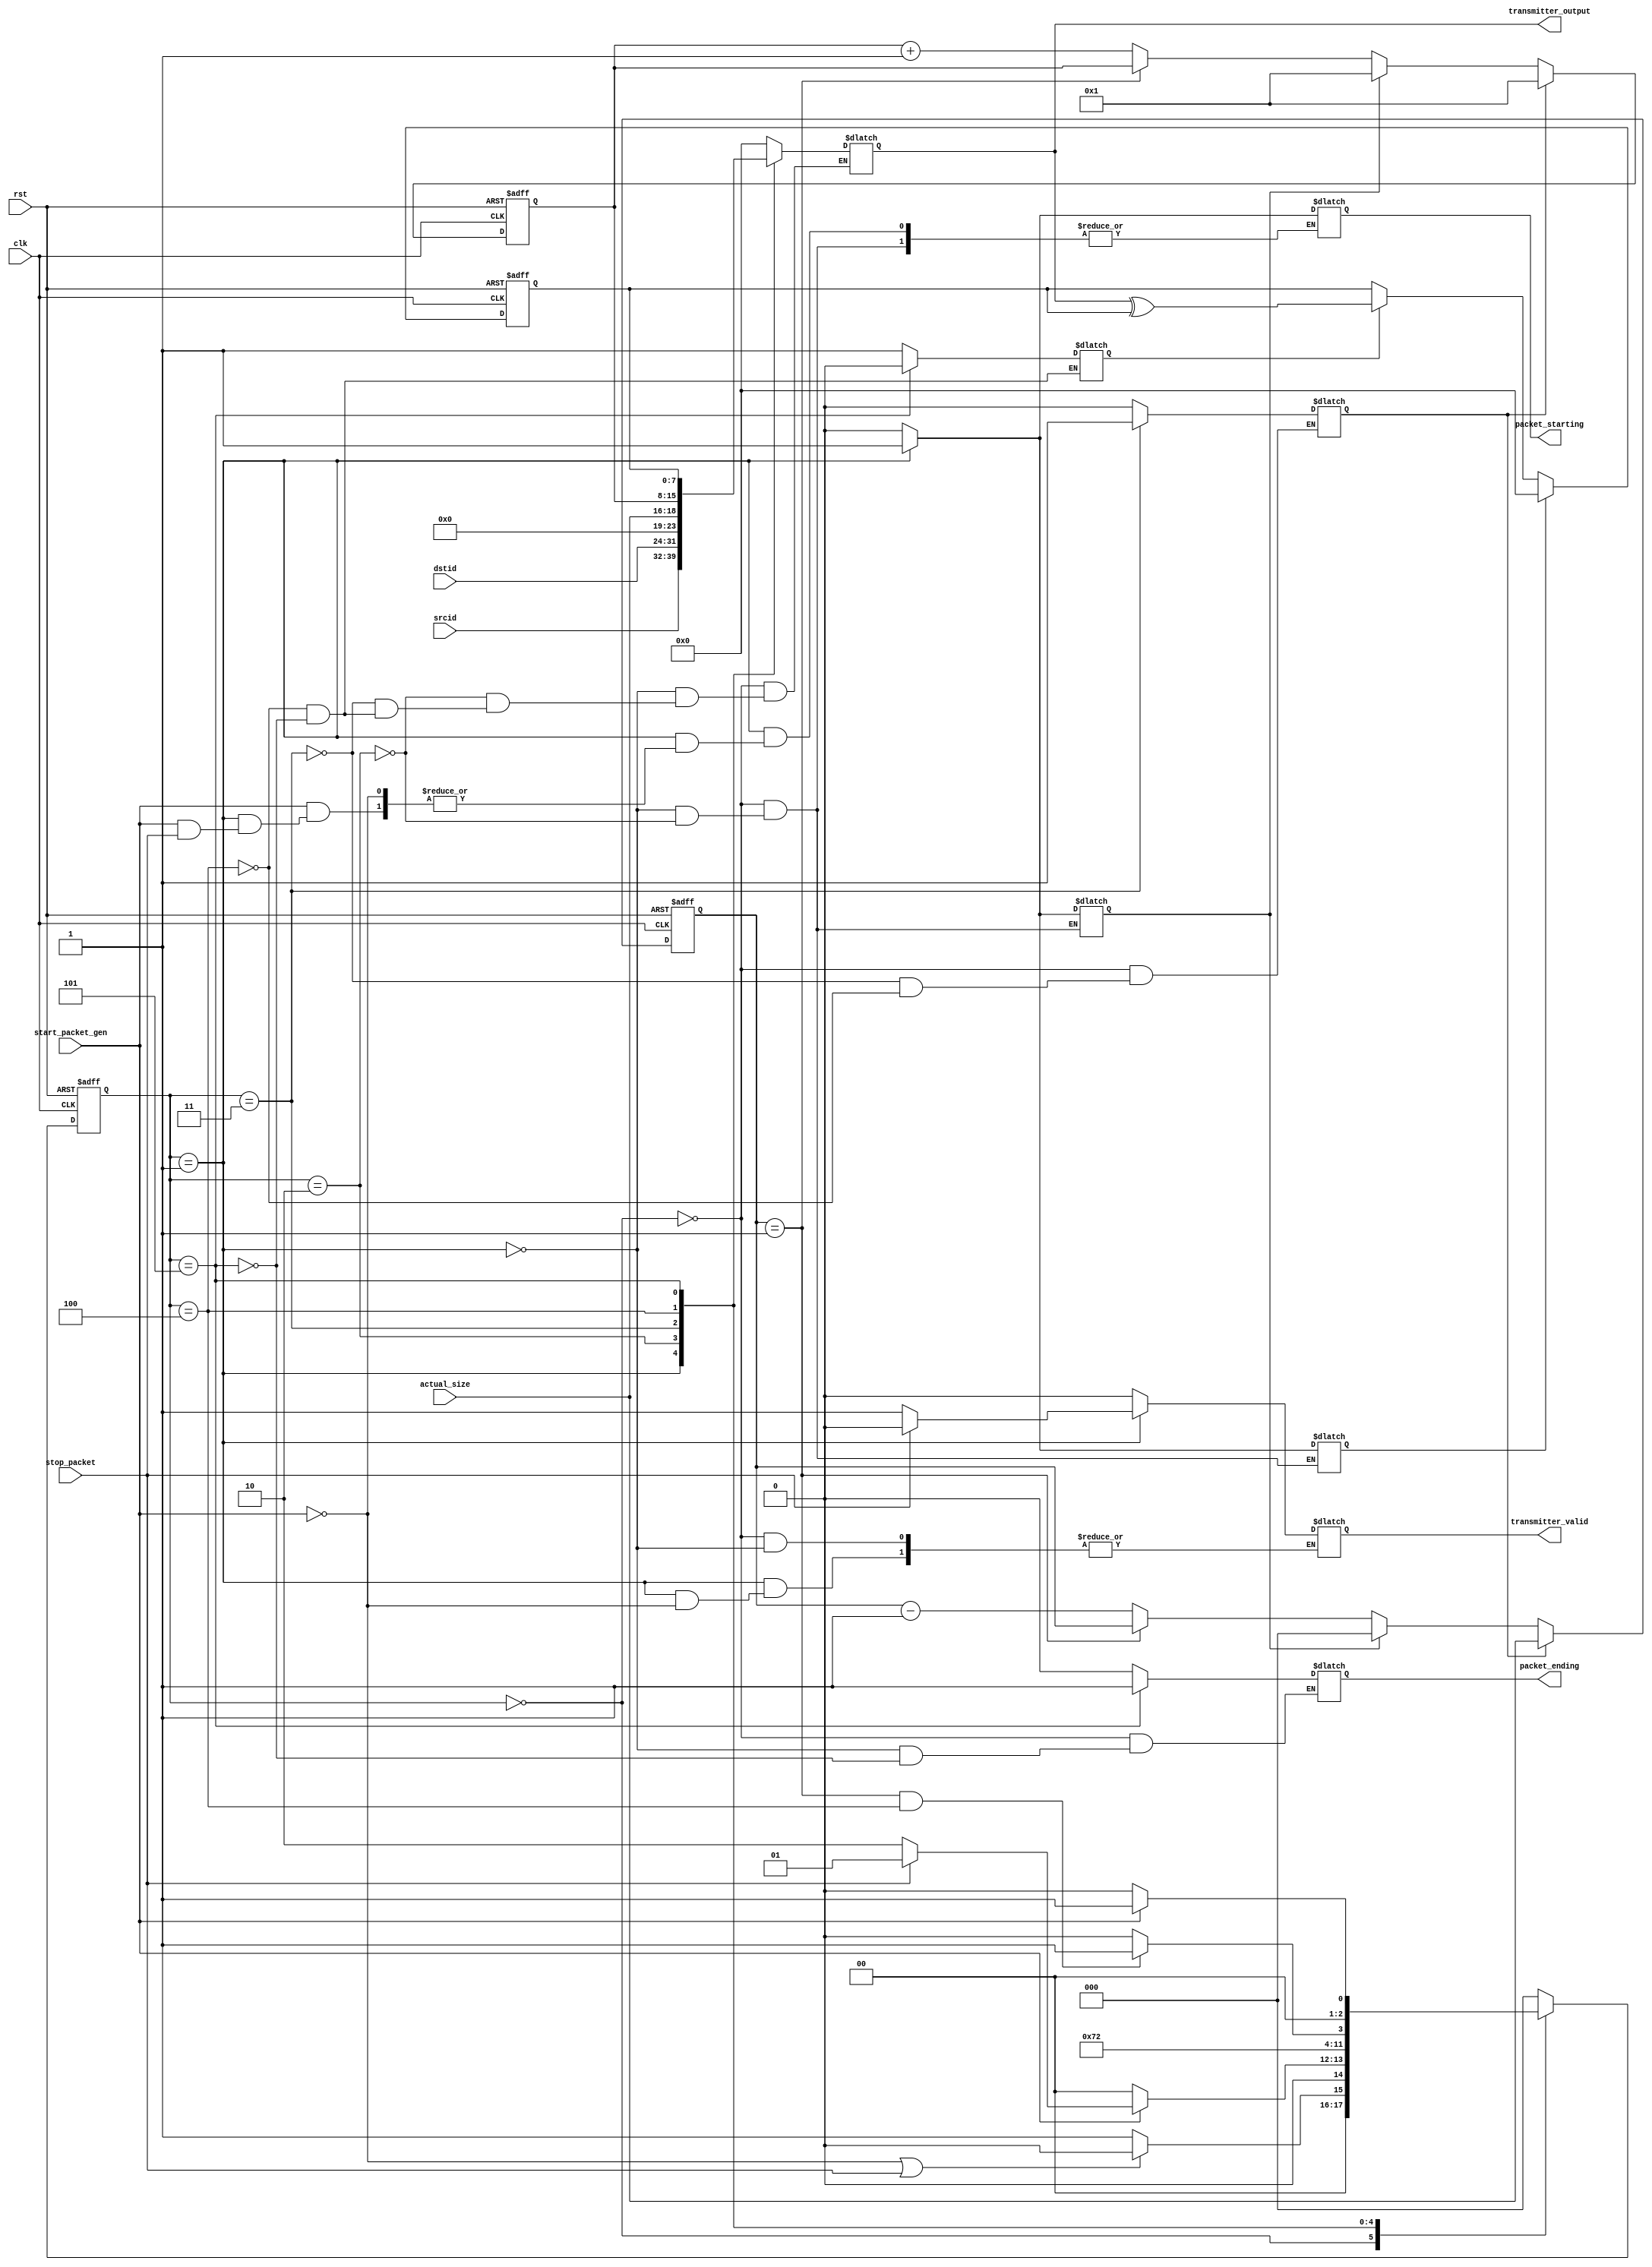
//Transmitter Source Code:
//References: 1. http://www.ijvdcs.org/uploads/625143IJVDCS4170-22.pdf
module transmitter (
input clk, 
input rst, 
input [7:0] srcid, 
input [7:0] dstid, 
output [7:0] transmitter_output, 
output reg transmitter_valid,
output reg packet_starting, 
output reg packet_ending, 
input [2:0] actual_size, 
input stop_packet, 
input start_packet_gen);

parameter [2:0] S1_IDLE = 3'b000;
parameter [2:0] S2_SRCID_GEN = 3'b001;
parameter [2:0] S3_DSTID_GEN = 3'b010;
parameter [2:0] S4_SIZE_GEN = 3'b011;
parameter [2:0] S5_DATA_GEN = 3'b100;
parameter [2:0] S6_CRC_GEN = 3'b101;

//input [7:0] srcid, dstid;	
//input clk, rst, stop_packet, start_packet_gen;
//input [2:0] actual_size;
//output [7:0] transmitter_output;
//output reg transmitter_valid, packet_starting, packet_ending;
reg [7:0] temp_packet, crc_gen, data;
reg [2:0] cs, ns;
reg gen_crc, clr_crc, load_data_count, clr_data_cnt;
reg [2:0] data_counter;
wire count_done;

assign transmitter_output = temp_packet;
assign count_done = (data_counter == 1)&& (cs == S5_DATA_GEN);

always@(posedge clk or posedge rst) begin
	if(rst)
		cs <= S1_IDLE;
	else
		cs <= ns;
end
always@(posedge clk or posedge rst) begin
	if(rst) begin
		data_counter <= 0;
		data <= 0;
	end

	else begin
		if(load_data_count) begin
			data_counter <= actual_size;
			data <=1;
		end
		else if(clr_data_cnt == 1) begin
			data_counter <=0;
			data <= 1;
		end
		else if (data_counter ==1) begin
			data_counter <= data_counter;
			data <= data;
		end
		else begin
			data_counter <= data_counter -1;
			data <= data+1;
		end
	end
end
always@(stop_packet, cs, srcid, dstid, start_packet_gen, data, actual_size) begin
	case(cs)
		S1_IDLE : begin
			transmitter_valid = 0;
			packet_ending = 0;
			packet_starting = 0;
			temp_packet = 0;
			clr_data_cnt = 0;
			load_data_count = 0;
			clr_crc = 0;
			if( start_packet_gen == 0 || stop_packet == 1)
				ns <= S1_IDLE;
			else
				ns <= S2_SRCID_GEN;
		end
		S2_SRCID_GEN : begin
			packet_ending =0;
			clr_crc = 1;
			temp_packet = srcid;
			clr_data_cnt = 1;
			if(start_packet_gen ==0)
				ns <= S1_IDLE;
			else if(stop_packet == 1) begin
				ns <= S2_SRCID_GEN;
				transmitter_valid = 0;
			end
			else begin
				ns <= S3_DSTID_GEN;
				transmitter_valid = 1;
				packet_starting = 1;
			end
		end
		S3_DSTID_GEN : begin
			clr_crc = 0;
			clr_data_cnt = 0;
			temp_packet = dstid;
			packet_starting = 0;
			//if(start_packet_gen ==1)
			//ns <= S3_DSTID_GEN;
			//else
			ns <= S4_SIZE_GEN;
		end

		S4_SIZE_GEN: begin
			temp_packet = actual_size;
			load_data_count = 1;
			ns <= S5_DATA_GEN;
		end
		S5_DATA_GEN: begin
			temp_packet = data;
			gen_crc = 1;
			load_data_count = 0;
			if(count_done ==1) begin
				ns <= S6_CRC_GEN;
			end
			else
				ns <= S5_DATA_GEN;
		end
		S6_CRC_GEN: begin
			packet_ending = 1;
			gen_crc = 0;
			temp_packet = crc_gen;
			if(start_packet_gen == 1)
				ns <= S2_SRCID_GEN;
			else
				ns <= S1_IDLE;
		end
		default: ns <= S1_IDLE;
	endcase
end
// CRC generator
always@(posedge clk or posedge rst) begin
	if(rst)
		crc_gen <= 0;
	else if(clr_crc == 1)
		crc_gen <= 0;
	else if(gen_crc)
		crc_gen <= temp_packet ^ crc_gen;
	else
		crc_gen <= crc_gen;
end
endmodule